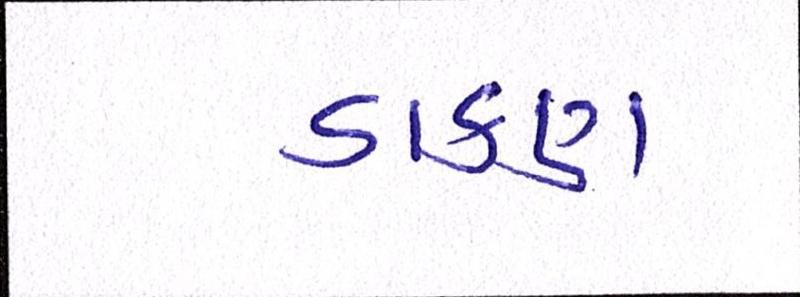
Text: ડાકણ